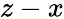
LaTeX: z-x